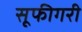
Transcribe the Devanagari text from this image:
सूफीगरी